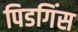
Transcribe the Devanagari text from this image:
पिडगिंस